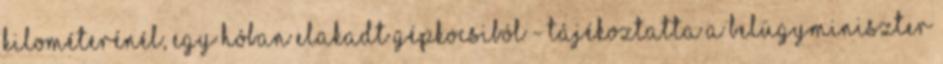
kilométerénél, egy hóban elakadt gépkocsiból - tájékoztatta a belügyminiszter